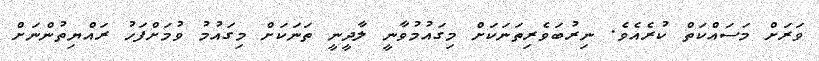
ވަރަށް މަސައްކަތް ކުރެއެވެ. ނިރުބަވެރިތަނަކަށް މިގައުމުވާނީ ލާދީނީ ތަނަކަށް މިގައުމު ވުމަށްފަހު ރައްޔިތުންނަށް